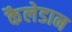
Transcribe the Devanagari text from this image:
कैलेडान